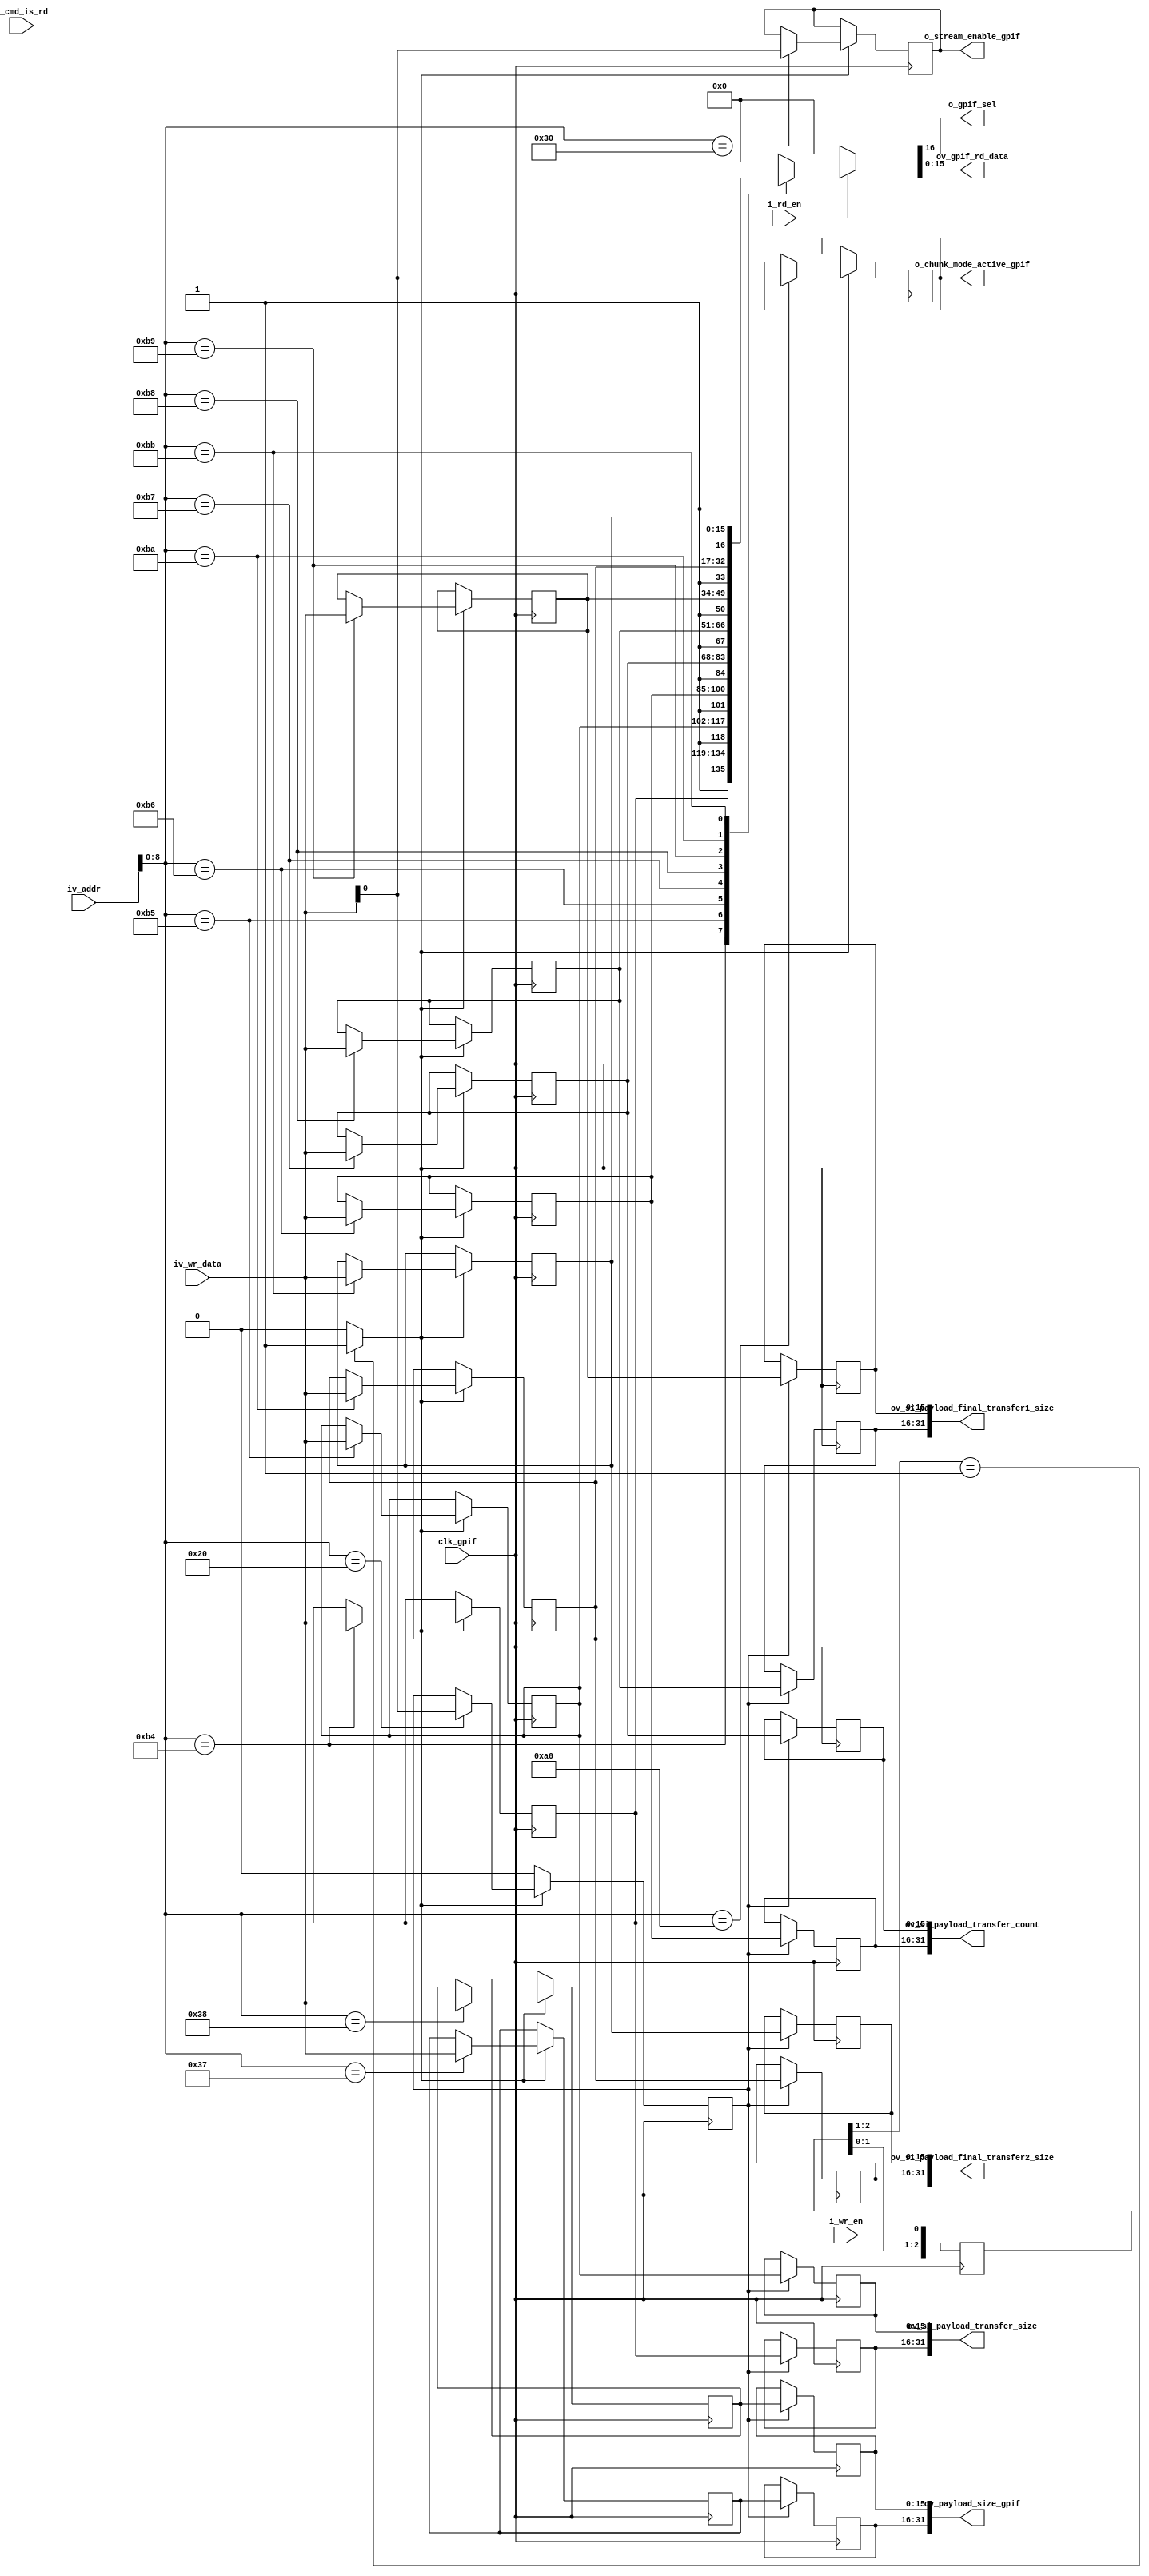
//-------------------------------------------------------------------------------------------------
//  --    : , 2010 -2015.
//  --      .
//  --          : FPGA
//  --        : gpif_reg_list
//  --        : 
//-------------------------------------------------------------------------------------------------
//
//  --  :
//
//  --          :| 				:|  
//-------------------------------------------------------------------------------------------------
//  --        :| 2015/3/5 15:39:34	:|  
//-------------------------------------------------------------------------------------------------
//
//  --      : gpif
//              1)  : ... ...
//
//              2)  : ... ...
//
//              3)  : ... ...
//
//-------------------------------------------------------------------------------------------------
///
`timescale 1ns/1ps
//-------------------------------------------------------------------------------------------------

module gpif_reg_list # (
	parameter		SPI_ADDR_LENGTH			= 16	,	//spi 
	parameter		SHORT_REG_WD			= 16	,	//
	parameter		REG_WD					= 32	,	//
	parameter		LONG_REG_WD				= 64	,	//
	parameter		REG_INIT_VALUE			= "TRUE"	//
	)
	(
	//  ===============================================================================================
	//	
	//  ===============================================================================================
	//  -------------------------------------------------------------------------------------
	//	spi
	//  -------------------------------------------------------------------------------------
	input								i_wr_en					,	//
	input								i_rd_en					,	//
	input								i_cmd_is_rd				,	//
	input	[SPI_ADDR_LENGTH-1:0]		iv_addr					,	//
	input	[SHORT_REG_WD-1:0]			iv_wr_data				,	//
	//  -------------------------------------------------------------------------------------
	//	gpif 
	//  -------------------------------------------------------------------------------------
	input								clk_gpif				,	//gpif 100MHz
	output								o_gpif_sel				,	//gpif 
	output	[SHORT_REG_WD-1:0]			ov_gpif_rd_data			,	//

	//  ===============================================================================================
	//	
	//  ===============================================================================================
	//  -------------------------------------------------------------------------------------
	//	
	//  -------------------------------------------------------------------------------------
	output								o_stream_enable_gpif				,	//clk_gpif
	//  -------------------------------------------------------------------------------------
	//	u3 interface
	//  -------------------------------------------------------------------------------------
	output	[REG_WD-1:0]				ov_si_payload_transfer_size			,	//clk_gpif
	output	[REG_WD-1:0]				ov_si_payload_transfer_count		,	//clk_gpif
	output	[REG_WD-1:0]				ov_si_payload_final_transfer1_size	,	//clk_gpiftransfer1
	output	[REG_WD-1:0]				ov_si_payload_final_transfer2_size	,	//clk_gpiftransfer2
	output	[REG_WD-1:0]				ov_payload_size_gpif				,	//clk_gpif64bit32bit32bit0
	output								o_chunk_mode_active_gpif				//clk_gpifchunk
	);

	//	ref signals
	//	-------------------------------------------------------------------------------------
	//	
	//	2592*1944
	//	-------------------------------------------------------------------------------------
	//	localparam	INIT_VALUE_SE				= (REG_INIT_VALUE=="TRUE") ? 1'b1 : 1'b0;
	localparam	INIT_VALUE_SE				= 1'b0;
	localparam	INIT_VALUE_PAYLOAD_SIZE_3	= (REG_INIT_VALUE=="TRUE") ? 16'h004c : {SHORT_REG_WD{1'b0}};
	localparam	INIT_VALUE_PAYLOAD_SIZE_4	= (REG_INIT_VALUE=="TRUE") ? 16'he300 : {SHORT_REG_WD{1'b0}};
	localparam	INIT_VALUE_TRANSFER_SIZE_H	= (REG_INIT_VALUE=="TRUE") ? 16'h0010 : {SHORT_REG_WD{1'b0}};
	localparam	INIT_VALUE_TRANSFER_SIZE_L	= (REG_INIT_VALUE=="TRUE") ? 16'h0000 : {SHORT_REG_WD{1'b0}};
	localparam	INIT_VALUE_TRANSFER_COUNT_H	= (REG_INIT_VALUE=="TRUE") ? 16'h0000 : {SHORT_REG_WD{1'b0}};
	localparam	INIT_VALUE_TRANSFER_COUNT_L	= (REG_INIT_VALUE=="TRUE") ? 16'h0004 : {SHORT_REG_WD{1'b0}};
	localparam	INIT_VALUE_TRANSFER1_SIZE_H	= (REG_INIT_VALUE=="TRUE") ? 16'h000C : {SHORT_REG_WD{1'b0}};
	localparam	INIT_VALUE_TRANSFER1_SIZE_L	= (REG_INIT_VALUE=="TRUE") ? 16'hE000 : {SHORT_REG_WD{1'b0}};
	localparam	INIT_VALUE_TRANSFER2_SIZE_H	= (REG_INIT_VALUE=="TRUE") ? 16'h0000 : {SHORT_REG_WD{1'b0}};
	localparam	INIT_VALUE_TRANSFER2_SIZE_L	= (REG_INIT_VALUE=="TRUE") ? 16'h0400 : {SHORT_REG_WD{1'b0}};


	//  ===============================================================================================
	//	
	//  ===============================================================================================
	reg		[2:0]					wr_en_shift							= 3'b0;
	wire							wr_en_rise							;
	reg		[SHORT_REG_WD:0]		data_out_reg						= {(SHORT_REG_WD+1){1'b0}};

	//  ===============================================================================================
	//	
	//  ===============================================================================================
	//  -------------------------------------------------------------------------------------
	//	
	//  -------------------------------------------------------------------------------------
	reg								param_cfg_done							= 1'b0;
	reg								stream_enable_gpif						= INIT_VALUE_SE;
	//  -------------------------------------------------------------------------------------
	//	u3 interface
	//  -------------------------------------------------------------------------------------
	reg		[SHORT_REG_WD-1:0]		si_payload_transfer_size_h				= INIT_VALUE_TRANSFER_SIZE_H;
	reg		[SHORT_REG_WD-1:0]		si_payload_transfer_size_h_group		= INIT_VALUE_TRANSFER_SIZE_H;
	reg		[SHORT_REG_WD-1:0]		si_payload_transfer_size_l				= INIT_VALUE_TRANSFER_SIZE_L;
	reg		[SHORT_REG_WD-1:0]		si_payload_transfer_size_l_group		= INIT_VALUE_TRANSFER_SIZE_L;
	reg		[SHORT_REG_WD-1:0]		si_payload_transfer_count_h				= INIT_VALUE_TRANSFER_COUNT_H;
	reg		[SHORT_REG_WD-1:0]		si_payload_transfer_count_h_group		= INIT_VALUE_TRANSFER_COUNT_H;
	reg		[SHORT_REG_WD-1:0]		si_payload_transfer_count_l				= INIT_VALUE_TRANSFER_COUNT_L;
	reg		[SHORT_REG_WD-1:0]		si_payload_transfer_count_l_group		= INIT_VALUE_TRANSFER_COUNT_L;
	reg		[SHORT_REG_WD-1:0]		si_payload_final_transfer1_size_h		= INIT_VALUE_TRANSFER1_SIZE_H;
	reg		[SHORT_REG_WD-1:0]		si_payload_final_transfer1_size_h_group	= INIT_VALUE_TRANSFER1_SIZE_H;
	reg		[SHORT_REG_WD-1:0]		si_payload_final_transfer1_size_l		= INIT_VALUE_TRANSFER1_SIZE_L;
	reg		[SHORT_REG_WD-1:0]		si_payload_final_transfer1_size_l_group	= INIT_VALUE_TRANSFER1_SIZE_L;
	reg		[SHORT_REG_WD-1:0]		si_payload_final_transfer2_size_h		= INIT_VALUE_TRANSFER2_SIZE_H;
	reg		[SHORT_REG_WD-1:0]		si_payload_final_transfer2_size_h_group	= INIT_VALUE_TRANSFER2_SIZE_H;
	reg		[SHORT_REG_WD-1:0]		si_payload_final_transfer2_size_l		= INIT_VALUE_TRANSFER2_SIZE_L;
	reg		[SHORT_REG_WD-1:0]		si_payload_final_transfer2_size_l_group	= INIT_VALUE_TRANSFER2_SIZE_L;
	reg		[SHORT_REG_WD-1:0]		payload_size_3							= INIT_VALUE_PAYLOAD_SIZE_3;
	reg		[SHORT_REG_WD-1:0]		payload_size_3_group					= INIT_VALUE_PAYLOAD_SIZE_3;
	reg		[SHORT_REG_WD-1:0]		payload_size_4							= INIT_VALUE_PAYLOAD_SIZE_4;
	reg		[SHORT_REG_WD-1:0]		payload_size_4_group					= INIT_VALUE_PAYLOAD_SIZE_4;
	reg								chunk_mode_active						= 1'b0;

	//	ref ARCHITECTURE

	//  ===============================================================================================
	//	-- ref ******
	//  ===============================================================================================
	//  -------------------------------------------------------------------------------------
	//	-- ref 
	//  -------------------------------------------------------------------------------------
	//  -------------------------------------------------------------------------------------
	//	pix 
	//  -------------------------------------------------------------------------------------
	always @ (posedge clk_gpif) begin
		wr_en_shift	<= {wr_en_shift[1:0],i_wr_en};
	end
	assign	wr_en_rise	= (wr_en_shift[2:1]==2'b01) ? 1'b1 : 1'b0;

	//  -------------------------------------------------------------------------------------
	//	-- ref 
	//	 wr_en_rise iv_addr
	//  -------------------------------------------------------------------------------------
	always @ (posedge clk_gpif) begin
		if(wr_en_rise) begin
			case(iv_addr[8:0])
				//  -------------------------------------------------------------------------------------
				//	
				//  -------------------------------------------------------------------------------------
				9'h20	: param_cfg_done					<= iv_wr_data[0];
				9'h30	: stream_enable_gpif				<= iv_wr_data[0];
				//  -------------------------------------------------------------------------------------
				//	u3 interface
				//  -------------------------------------------------------------------------------------
				9'hb4	: si_payload_transfer_size_h		<= iv_wr_data[SHORT_REG_WD-1:0];
				9'hb5	: si_payload_transfer_size_l		<= iv_wr_data[SHORT_REG_WD-1:0];
				9'hb6	: si_payload_transfer_count_h		<= iv_wr_data[SHORT_REG_WD-1:0];
				9'hb7	: si_payload_transfer_count_l		<= iv_wr_data[SHORT_REG_WD-1:0];
				9'hb8	: si_payload_final_transfer1_size_h	<= iv_wr_data[SHORT_REG_WD-1:0];
				9'hb9	: si_payload_final_transfer1_size_l	<= iv_wr_data[SHORT_REG_WD-1:0];
				9'hba	: si_payload_final_transfer2_size_h	<= iv_wr_data[SHORT_REG_WD-1:0];
				9'hbb	: si_payload_final_transfer2_size_l	<= iv_wr_data[SHORT_REG_WD-1:0];
				9'h37	: payload_size_3					<= iv_wr_data[SHORT_REG_WD-1:0];
				9'h38	: payload_size_4					<= iv_wr_data[SHORT_REG_WD-1:0];
				9'ha0	: chunk_mode_active					<= iv_wr_data[0];
				default : ;
			endcase
		end
		else begin
			//
			param_cfg_done	<= 1'b0;
		end
	end

	//  -------------------------------------------------------------------------------------
	//	-- ref 
	//  -------------------------------------------------------------------------------------
	//  -------------------------------------------------------------------------------------
	//	
	//  -------------------------------------------------------------------------------------
	always @ (posedge clk_gpif) begin
		if(param_cfg_done) begin
			payload_size_3_group	<= payload_size_3;
			payload_size_4_group	<= payload_size_4;
		end
	end

	//  -------------------------------------------------------------------------------------
	//	SI transfer 
	//  -------------------------------------------------------------------------------------
	always @ (posedge clk_gpif) begin
		if(param_cfg_done) begin
			si_payload_transfer_size_h_group	<= si_payload_transfer_size_h;
			si_payload_transfer_size_l_group	<= si_payload_transfer_size_l;
			si_payload_transfer_count_h_group	<= si_payload_transfer_count_h;
			si_payload_transfer_count_l_group	<= si_payload_transfer_count_l;
			si_payload_final_transfer1_size_h_group	<= si_payload_final_transfer1_size_h;
			si_payload_final_transfer1_size_l_group	<= si_payload_final_transfer1_size_l;
			si_payload_final_transfer2_size_h_group	<= si_payload_final_transfer2_size_h;
			si_payload_final_transfer2_size_l_group	<= si_payload_final_transfer2_size_l;
		end
	end

	//  -------------------------------------------------------------------------------------
	//	-- ref 
	//  -------------------------------------------------------------------------------------
	assign	o_stream_enable_gpif		= stream_enable_gpif;
	//  -------------------------------------------------------------------------------------
	//	u3 interface
	//  -------------------------------------------------------------------------------------
	assign	ov_si_payload_transfer_size			= {si_payload_transfer_size_h_group,si_payload_transfer_size_l_group};
	assign	ov_si_payload_transfer_count		= {si_payload_transfer_count_h_group,si_payload_transfer_count_l_group};
	assign	ov_si_payload_final_transfer1_size	= {si_payload_final_transfer1_size_h_group,si_payload_final_transfer1_size_l_group};
	assign	ov_si_payload_final_transfer2_size	= {si_payload_final_transfer2_size_h_group,si_payload_final_transfer2_size_l_group};
	assign	ov_payload_size_gpif				= {payload_size_3_group,payload_size_4_group};
	assign	o_chunk_mode_active_gpif			= chunk_mode_active;
	//  ===============================================================================================
	//	ref ******
	//  ===============================================================================================
	//  -------------------------------------------------------------------------------------
	//	-- ref 
	//	, data_out_reg bit
	//	i_rd_en iv_addr 
	//  -------------------------------------------------------------------------------------
	always @ ( * ) begin
		//sel
		if(i_rd_en) begin
			case(iv_addr[8:0])
				//  -------------------------------------------------------------------------------------
				//	
				//  -------------------------------------------------------------------------------------
				//				9'h20	: data_out_reg		<= {1'b1,{(SHORT_REG_WD-1){1'b0}},param_cfg_done};	//pix 
				//				9'h30	: data_out_reg		<= {1'b1,{(SHORT_REG_WD-1){1'b0}},stream_enable_gpif};	//pix 
				//  -------------------------------------------------------------------------------------
				//	u3 interface
				//  -------------------------------------------------------------------------------------
				//read write
				9'hb4	: data_out_reg		<= {1'b1,si_payload_transfer_size_h[SHORT_REG_WD-1:0]};
				9'hb5	: data_out_reg		<= {1'b1,si_payload_transfer_size_l[SHORT_REG_WD-1:0]};
				9'hb6	: data_out_reg		<= {1'b1,si_payload_transfer_count_h[SHORT_REG_WD-1:0]};
				9'hb7	: data_out_reg		<= {1'b1,si_payload_transfer_count_l[SHORT_REG_WD-1:0]};
				9'hb8	: data_out_reg		<= {1'b1,si_payload_final_transfer1_size_h[SHORT_REG_WD-1:0]};
				9'hb9	: data_out_reg		<= {1'b1,si_payload_final_transfer1_size_l[SHORT_REG_WD-1:0]};
				9'hba	: data_out_reg		<= {1'b1,si_payload_final_transfer2_size_h[SHORT_REG_WD-1:0]};
				9'hbb	: data_out_reg		<= {1'b1,si_payload_final_transfer2_size_l[SHORT_REG_WD-1:0]};

				//				9'h35	: data_out_reg		<= {1'b1,{SHORT_REG_WD{1'b0}}};	//payload_size1	//pix 
				//				9'h36	: data_out_reg		<= {1'b1,{SHORT_REG_WD{1'b0}}};	//payload_size2	//pix 
				//				9'h37	: data_out_reg		<= {1'b1,payload_size_3[SHORT_REG_WD-1:0]};	//pix 
				//				9'h38	: data_out_reg		<= {1'b1,payload_size_4[SHORT_REG_WD-1:0]};	//pix 
				//				9'ha0	: data_out_reg		<= {1'b1,{(SHORT_REG_WD-1){1'b0}},chunk_mode_active};	//frame_buf 

				default	: data_out_reg		<= {(SHORT_REG_WD+1){1'b0}};

			endcase
		end
		//sel0
		else begin
			data_out_reg	<= {(SHORT_REG_WD+1){1'b0}};
		end
	end
	assign	o_gpif_sel		= data_out_reg[SHORT_REG_WD];
	assign	ov_gpif_rd_data	= data_out_reg[SHORT_REG_WD-1:0];

endmodule